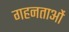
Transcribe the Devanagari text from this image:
गहनताओं